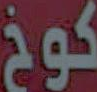
كوخ